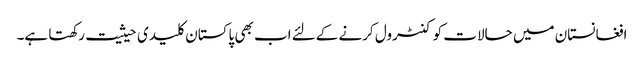
افغانستان میں حالات کو کنٹرول کرنے کےلئے اب بھی پاکستان کلیدی حیثیت رکھتا ہے۔